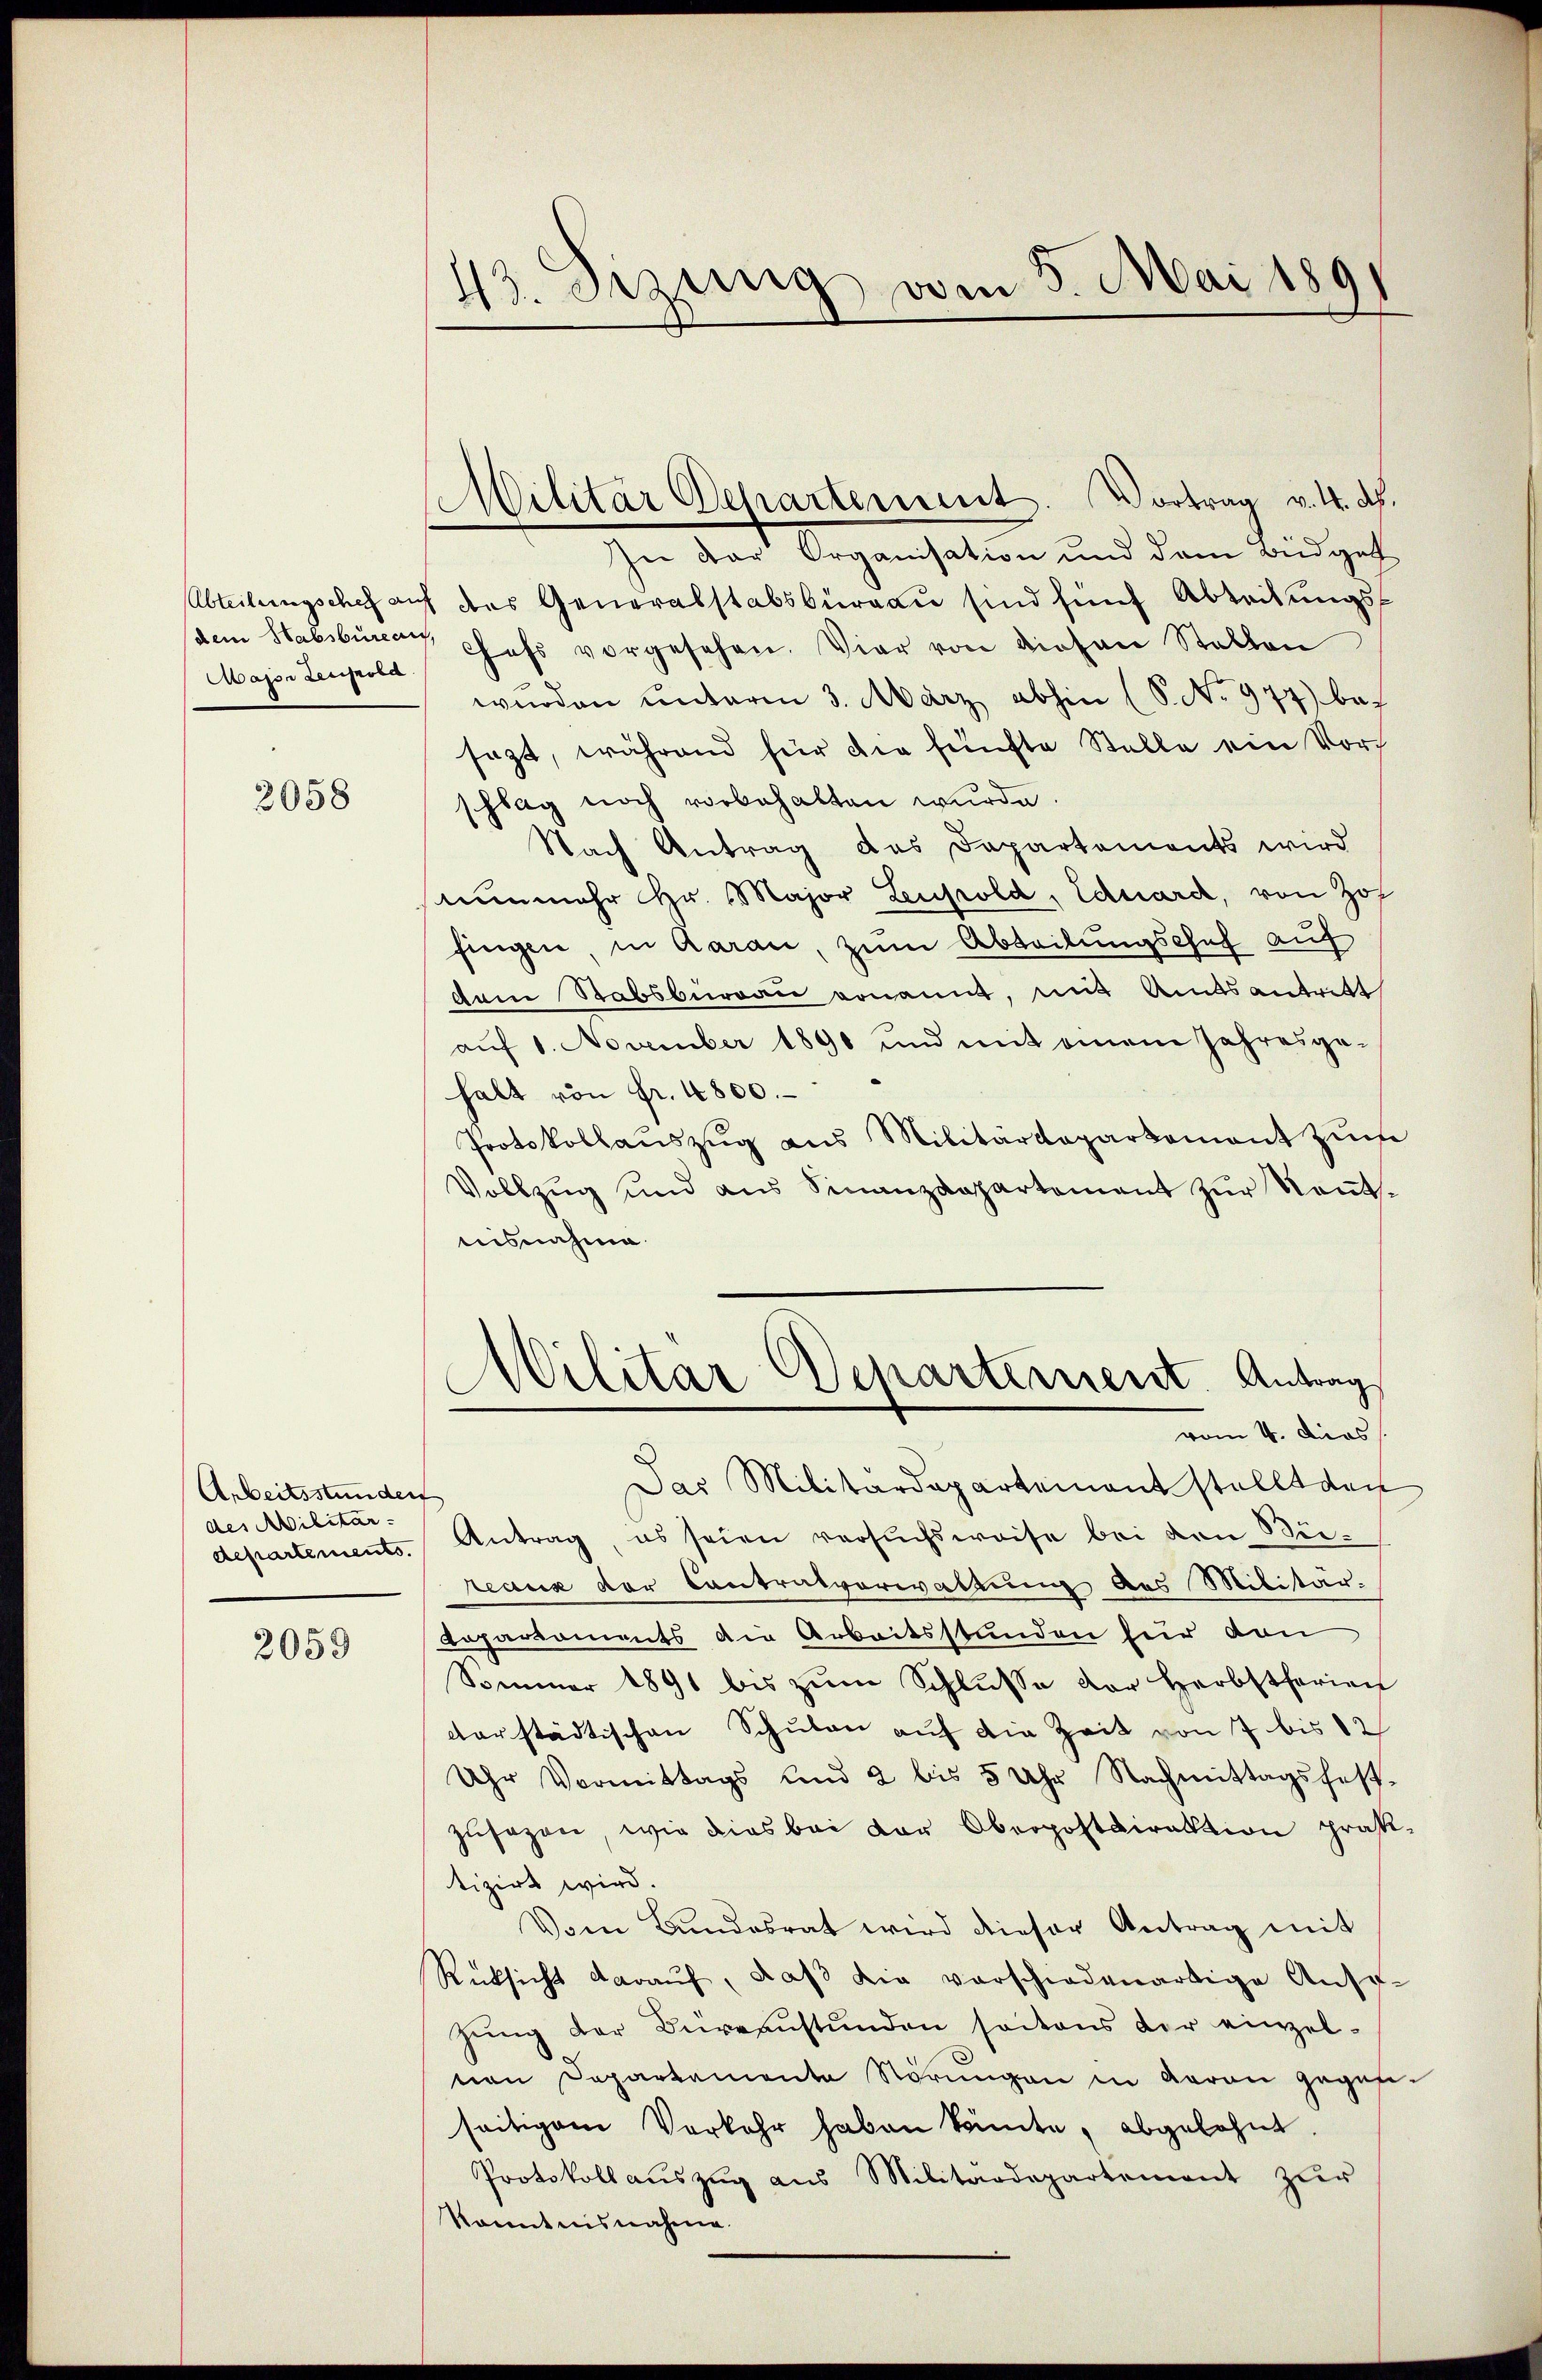
Major deciproba

2058

Arbeitsstunden
des Militar-

2059

43. Seizung vom 5. Mai 1891

Militar Departement. Vortrag v. 4. d.
In der Organisation und dem Büdget
Abteilungschef auf des Generalstabsburgau sind fünf Abteilungssae Stabsburger Chefs vorgesehen. Vier von diesen Stellen
wurden unterm 3. März abhin (S. No 977) bes
sazt, während für die fünfte Stelle ein Vors
schlag noch vorbehalten wurde.
Nach Antrag das Departements wird
nunmehr Hr. Major Leufrold, Eduard, von Hof
fingen, in Aarau, zum Abteilungschef auf
dem Stabsburgau donannt, mit Amtsantritt
auf 1. November 1890 und mit einem Jahresge-
halt von Fr. 4800.
Protokollaŭszŭg ans Militärdepartement zŭm
Vollzug und aus Finanzdepartement zur Rentnisnahme.

Militar Departement. Antrag
vom 4. Dies

Das Militärdepartement stellt den
departements. Antrag, es seien versuchsweise bei den Büreaux der Contralverwaltung des Militär-
Repartaments die Arbeitsstunden für den
Sommer 1891 bis zŭm Schlŭsse der Herbstferien
darstädtischen Schulen auf die Zeit von 7 bis 12
Uhr Vormittags und 2 bis 5 Uhr Nachmittagsfest-
zusagen, wie dies bei der Oberpostdirektion präsitizirt wird.
Vom Bundesrat wird dieser Antrag mit
Rücksicht daraŭf, daβ die verschiedenartige Anso-
hŭng der Büreaŭstŭnden seitens der einzel-
nen Departamenta Störŭngen in Garan gegen.
seitigem Vorkehr haben könnte, abgelehnt.
Protokoll aŭszŭg ans Militärdepartement zur
konntnisnahme.